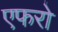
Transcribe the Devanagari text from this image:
एफरो